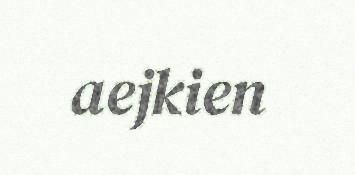
aejkien